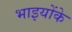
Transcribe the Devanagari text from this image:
भाइयोंके